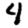
Digit: 4